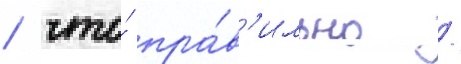
/ что́ пра́в'ильно /